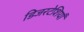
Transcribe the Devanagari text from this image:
डिजरटेशियाँ